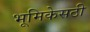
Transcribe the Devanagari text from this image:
भूमिकेसठी